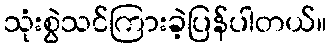
သုံးစွဲသင်ကြားခဲ့ပြန်ပါတယ်။